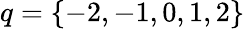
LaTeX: q=\{ -2,-1,0,1,2\}